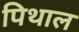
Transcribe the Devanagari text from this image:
पिथाल